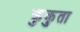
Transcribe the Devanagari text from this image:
कुकुता